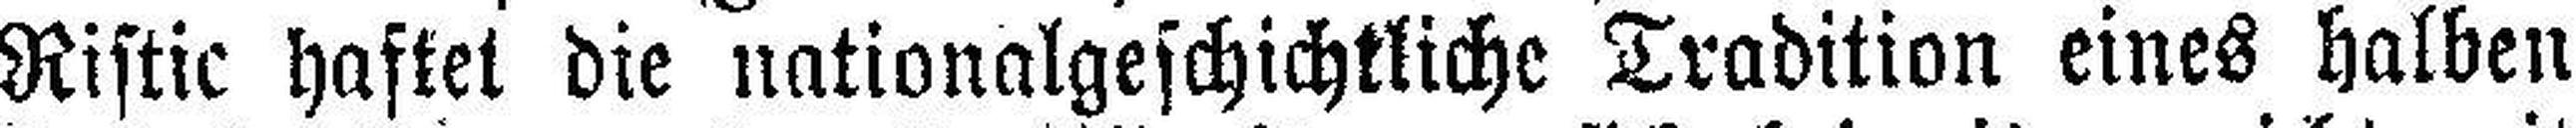
Ristic haftei die nationalgeschichtliche Tradition eines halben